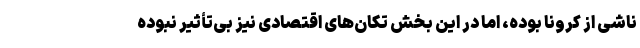
ناشی از کرونا بوده، اما در این بخش تکان‌های اقتصادی نیز بی‌تأثیر نبوده